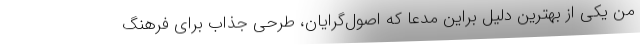
من یکی از بهترین دلیل براین مدعا که اصول‌گرایان، طرحی جذّاب برای فرهنگ